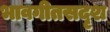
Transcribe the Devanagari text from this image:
भावगीतसदृश